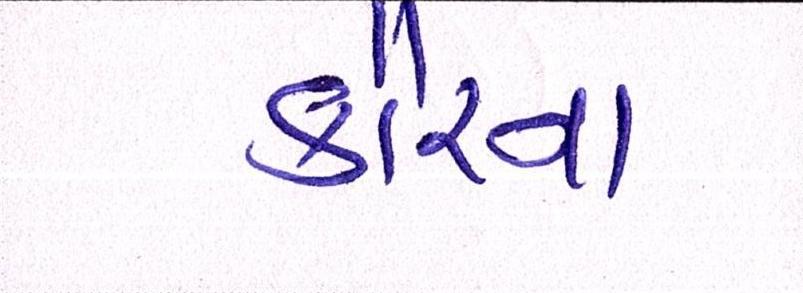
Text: કૌરના